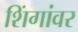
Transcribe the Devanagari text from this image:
शिंगांवर